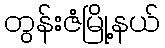
တွန်းဇံမြို့နယ်